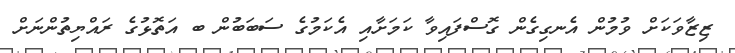
ޒިޒާވަކަށް ވުމުން އެނގިގެން ގޮސްފައިވާ ކަމަށާއި އެކަމުގެ ސަބަބުން ބ އަތޮޅުގެ ރައްޔިތުންނަށް